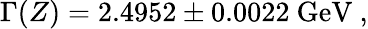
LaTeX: \Gamma(Z)=2.4952\pm 0.0022~\mathrm{GeV}\ ,